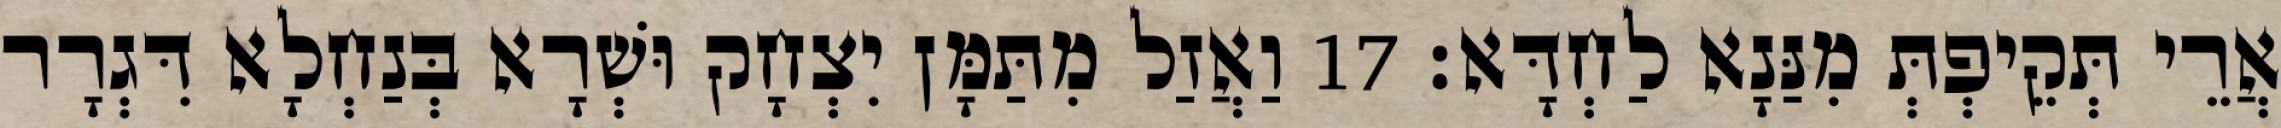
אֲרֵי תְּקֵיפְתְּ מִנַּנָא לַחְדָּא׃ 17 וַאֲזַל מִתַּמָּן יִצְחָק וּשְׁרָא בְּנַחְלָא דִּגְרָר